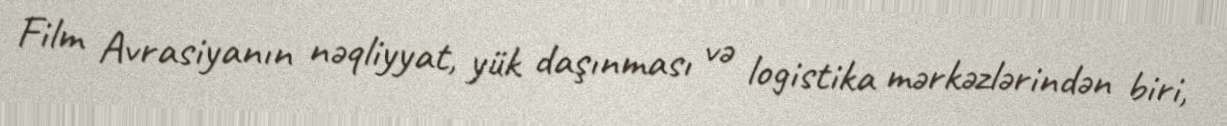
Film Avrasiyanın nəqliyyat, yük daşınması və logistika mərkəzlərindən biri,